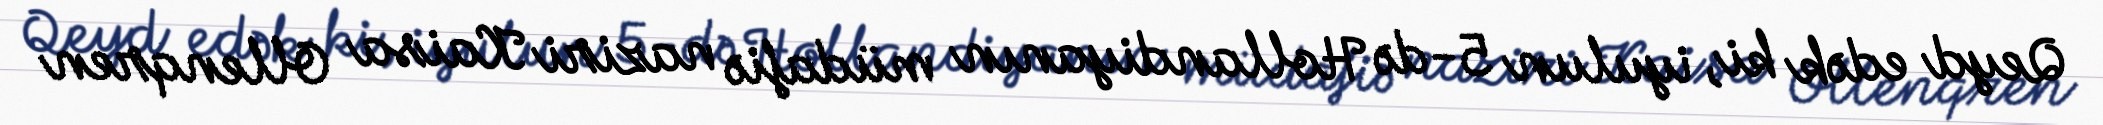
Qeyd edək ki, iyulun 5-də Hollandiyanın müdafiə naziri Kaisa Ollenqren